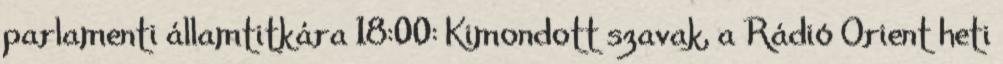
parlamenti államtitkára 18:00: Kimondott szavak, a Rádió Orient heti